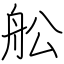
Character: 舩